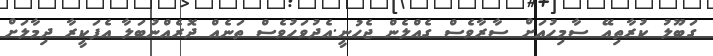
ގަބޫލު ކުރާތިއޭ ސާމިހުއަށް ސާރާވެސް ގެއްލެން ޖެހުނީ.އެދުވަހުވެސް ތަނެއް ދޮރެއްނުބަލާ އެފަކީރާ ދިމާލަށް